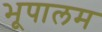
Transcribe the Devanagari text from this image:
भूपालम